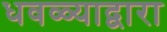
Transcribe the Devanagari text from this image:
धवळ्याद्वारा